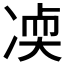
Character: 𫥒